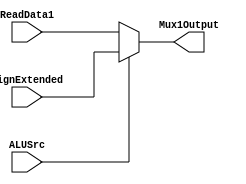
`timescale 1ns / 1ps
//////////////////////////////////////////////////////////////////////////////////
// Company: 
// Engineer: 
// 
// Design Name: 
// Module Name: mux_unit_1
// Project Name: 
// Target Devices: 
// Tool Versions: 
// Description: 
// 
// Dependencies: 
// 
// Revision:
// Revision 0.01 - File Created
// Additional Comments:
// 
//////////////////////////////////////////////////////////////////////////////////


module mux_unit_1(
    // Inputs are 7 bit values
    input [7:0] ReadData1,
    input [7:0] SignExtended,
    
    // Input control signal
    input ALUSrc,
    
    // Output of MUX, 7 bit field
    output reg [7:0] Mux1Output
    );
    
    // If ALUSrc control signal is set, then Mux output will be SignExtended.
    // Else, Mux output will be ReadData1.
    always @(*) 
    begin
        if (ALUSrc == 1'b1)
            begin
            Mux1Output <= SignExtended;
            end
        else
            Mux1Output <= ReadData1;
    end
endmodule